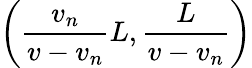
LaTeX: \left(\frac{v_{n}}{v-v_{n}}L,\frac{L}{v-v_{n}}\right)